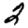
Digit: 2